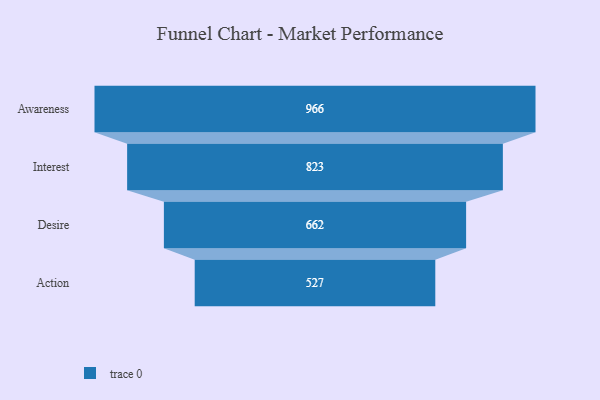
{"axis": {"x": "Stage", "y": "Value"}, "legend": [""], "data": [{"x": "Awareness", "y": 966.0, "type": ""}, {"x": "Interest", "y": 823.0, "type": ""}, {"x": "Desire", "y": 662.0, "type": ""}, {"x": "Action", "y": 527.0, "type": ""}]}